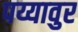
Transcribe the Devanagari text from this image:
पय्यावुर